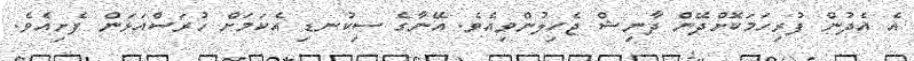
އެ އެދުން ފުރިހަމަކޮށްދޭން ދާނިޝް ޖެހިލުންވިއެވެ. އޭނާގެ ސިކުނޑި އެކަމަށް ހުރަސްއަޅަން ފެށިއެވެ.